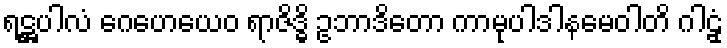
ရဋ္ဌပါလံ ဂေဟေယေဝ ရာဇိဒ္ဓိ ဥဘာဒိတော ကာမုပါဒါနမေဝါတိ ဂါဠှံ